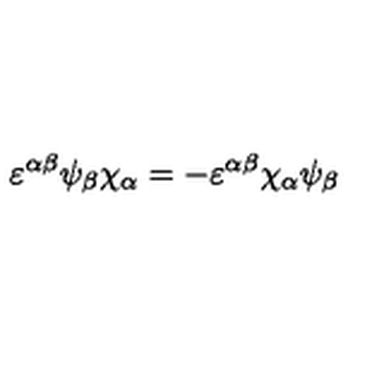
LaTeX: \varepsilon ^ { \alpha \beta } \psi _ { \beta } \chi _ { \alpha } = - \varepsilon ^ { \alpha \beta } \chi _ { \alpha } \psi _ { \beta }